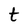
Character: t